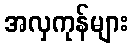
အလှကုန်များ